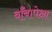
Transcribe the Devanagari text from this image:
बाँबापेक्षा